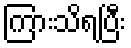
ကြားသိရပြီး